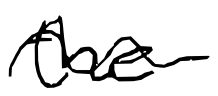
Text: the
Cross-out: mix
Writing tool: digital_black